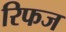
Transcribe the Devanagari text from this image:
रिफज